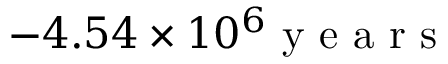
- 4 . 5 4 \times 1 0 ^ { 6 } \mathrm { ~ y ~ e ~ a ~ r ~ s ~ }